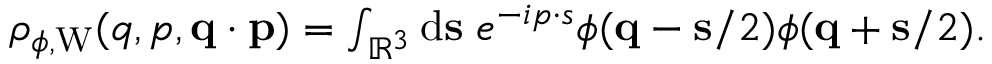
\begin{array} { r } { \rho _ { \phi , \mathrm { W } } ( q , p , \ensuremath { \mathbf { q } } \cdot \ensuremath { \mathbf { p } } ) = \int _ { \mathbb { R } ^ { 3 } } \ensuremath { \mathrm { d } } \ensuremath { \mathbf { s } } \; e ^ { - i \b { p } \cdot \b { s } } \phi ( \ensuremath { \mathbf { q } } - \ensuremath { \mathbf { s } } / 2 ) \phi ( \ensuremath { \mathbf { q } } + \ensuremath { \mathbf { s } } / 2 ) . } \end{array}